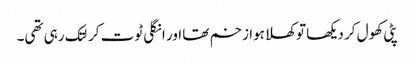
پٹی کھول کر دیکھا تو کھلا ہوا زخم تھا اور انگلی ٹوت کر لتک رہی تھی۔